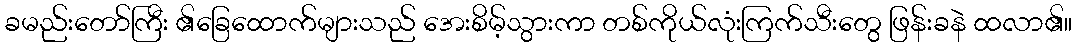
ခမည်းတော်ကြီး ၏ခြေထောက်များသည် အေးစိမ့်သွားကာ တစ်ကိုယ်လုံးကြက်သီးတွေ ဖြန်းခနဲ ထလာ၏။